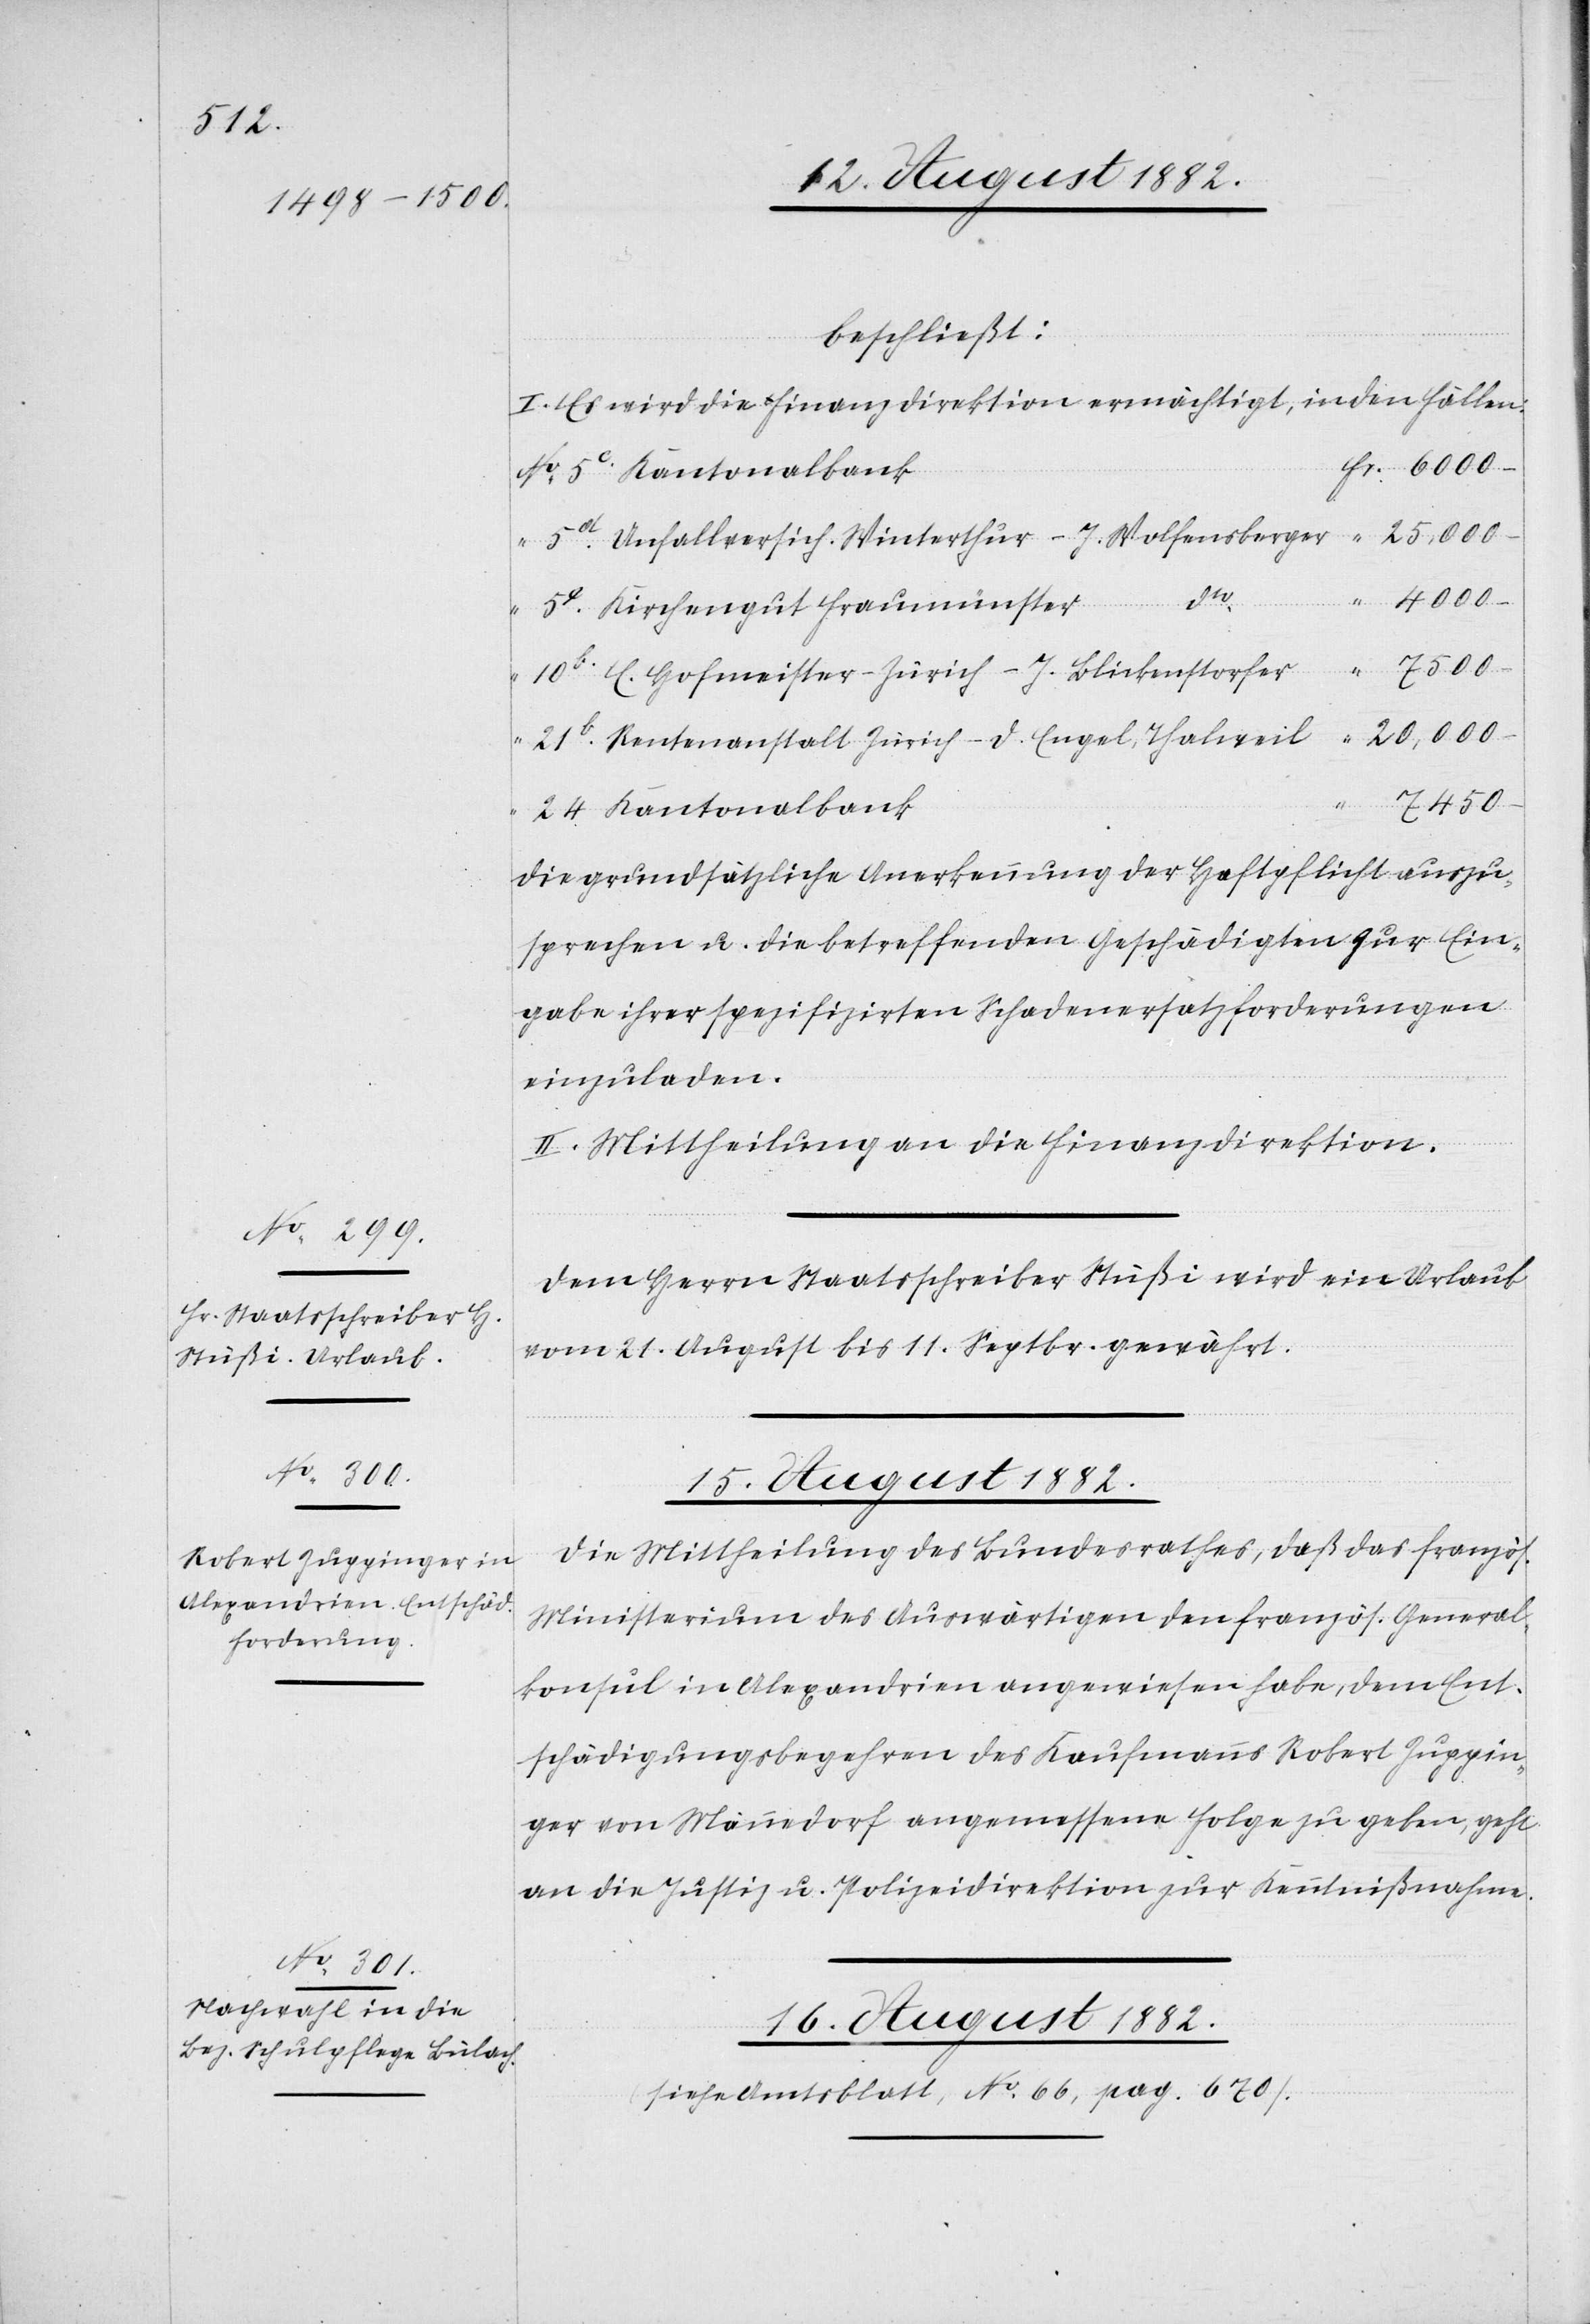
beschließt:
I. Es wird die Finanzdirektion ermächtigt, in den Fällen:
Kantonalbank
Unfallversiche. Winterthur – J. Wolfensberger
dto
[Präsidial-Verfügungen.]
Kirchengut Fraumünster
Rentenanstalt Zürich – D. Engel, Thalweil
7450.–
die grundsätzliche Anerkennung der Haftpflicht auszu¬
sprechen u. die betreffenden Geschädigten zur Ein¬
gabe ihrer spezifizirten Schadensersatzforderungen
einzuladen.
II. Mittheilung an die Finanzdirektion.
Dem Herrn Staatsschreiber Stüßi wird ein Urlaub
vom 21. August bis 11. Septbr. gewährt.
15. August 1882.
Die Mittheilung des Bundesrathes, daß das französ.
Ministerium des Auswärtigen den französ. General¬
konsul in Alexandria angewiesen habe, dem Ent¬
schädigungsbegehren des Kaufmanns Robert Zuppin¬
ger von Männedorf angemessen Folge zu geben, geht
an die Justiz- & Polizeidirektion zur Kenntnißnahme.
16. August 1882.
(siehe Amtsblatt, No 66, pag. 670).